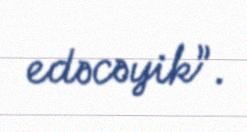
edəcəyik”.